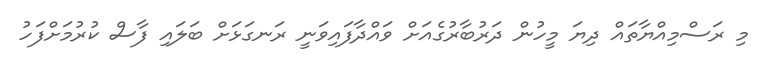
މި ރަސްމިއްޔާތައް ދިޔަ މީހުން ދަރުބާރުގެއަށް ވައްދާފައިވަނީ ރަނގަޅަށް ބަލައި ފާސް ކުރުމަށްފަހު